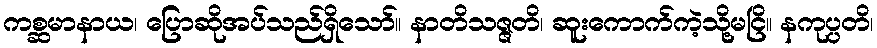
ကစ္ဆမာနာယ၊ ပြောဆိုအပ်သည်ရှိသော်။ နာတိသဇ္ဇတိ၊ ဆူးကောက်ကဲ့သို့မငြိ။ နကုပ္ပတိ၊